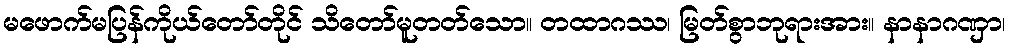
မဖောက်မပြန်ကိုယ်တော်တိုင် သိတော်မူတတ်သော။ တထာဂဿ၊ မြတ်စွာဘုရားအား။ နာနာဂဏှာ၊